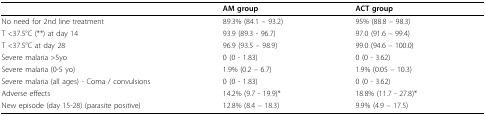
<table><thead><tr><td></td><td><b>AM group</b></td><td><b>ACT group</b></td></tr></thead><tbody><tr><td>No need for 2nd line treatment</td><td>89.3% (84.1 – 93.2)</td><td>95% (88.8 – 98.3)</td></tr><tr><td>T &lt;37.5°C (**) at day 14</td><td>93.9 (89.3 - 96.7)</td><td>97.0 (91.6 – 99.4)</td></tr><tr><td>T &lt;37.5°C at day 28</td><td>96.9 (93.5 – 98.9)</td><td>99.0 (94.6 – 100.0)</td></tr><tr><td>Severe malaria &gt;5yo</td><td>0 (0 - 1.83)</td><td>0 (0 - 3.62)</td></tr><tr><td>Severe malaria (0-5 yo)</td><td>1.9% (0.2 – 6.7)</td><td>1.9% (0.05 – 10.3)</td></tr><tr><td>Severe malaria (all ages) - Coma / convulsions</td><td>0 (0 - 1.83)</td><td>0 (0 - 3.62)</td></tr><tr><td>Adverse effects</td><td>14.2% (9.7 - 19.9)*</td><td>18.8% (11.7 - 27.8)*</td></tr><tr><td>New episode (day 15-28) (parasite positive)</td><td>12.8% (8.4 – 18.3)</td><td>9.9% (4.9 – 17.5)</td></tr></tbody></table>